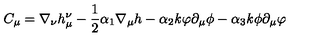
C _ { \mu } = \nabla _ { \nu } h _ { \mu } ^ { \nu } - \frac { 1 } { 2 } \alpha _ { 1 } \nabla _ { \mu } h - \alpha _ { 2 } { \it k } \varphi \partial _ { \mu } \phi - \alpha _ { 3 } { \it k } \phi \partial _ { \mu } \varphi